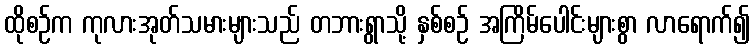
ထိုစဉ်က ကုလားအုတ်သမားများသည် တဘားရွာသို့ နှစ်စဉ် အကြိမ်ပေါင်းများစွာ လာရောက်၍